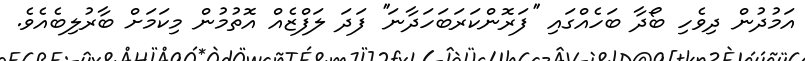
އަމުދުން ދިވެހި ބޯދާ ބަހެއްގައި ''ފަރޮންކަރަބަހަދާނަ'' ފަދަ ލަފްޒެއް އޮތުމުން މިކަމަށް ބާރުލިބެއެވެ.